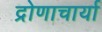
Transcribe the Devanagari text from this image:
द्रोणाचार्या